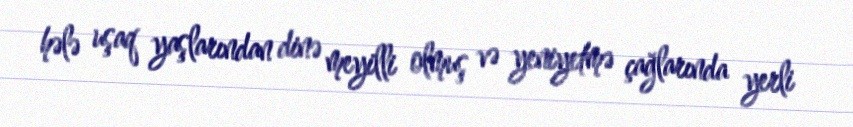
hələ uşaq yaşlarından dinə meyilli olmuş və yeniyetmə çağlarında yerli